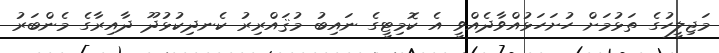
މަޖިލީހުގެ ތަޅުމަށް ހުށަހަޅުއްވާދެއްވީ އެ ކޮމިޓީގެ ނައިބު މުޤައްރިރު ކެނދިކުޅުދޫ ދާއިރާގެ މެންބަރު